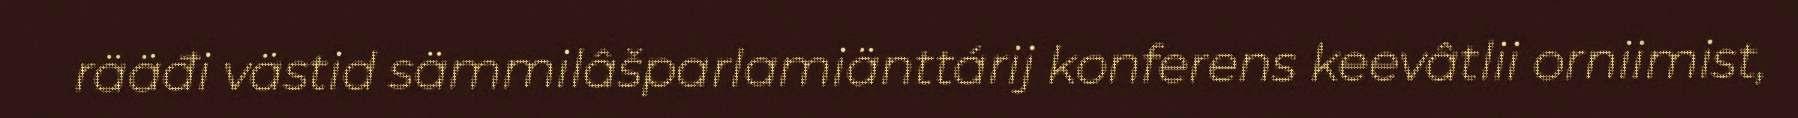
rääđi västid sämmilâšparlamiänttárij konferens keevâtlii orniimist,